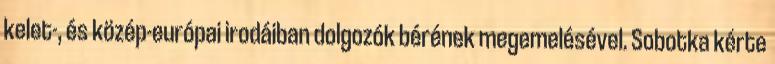
kelet-, és közép-európai irodáiban dolgozók bérének megemelésével. Sobotka kérte